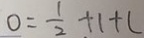
0 = \frac { 1 } { 2 } + 1 + (